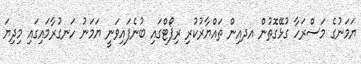
ޔަމަނުގެ މަސްރަހާ ގުޅޭގޮތުން އދއިން ތައްޔާރުކުރި ރިޕޯޓްގައި ބުނެފައިވަނީ ޔަމަނު ހަނގުރާމައިގައި މިދިޔަ